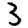
Digit: 3